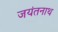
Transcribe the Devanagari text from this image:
जयंतनाथ